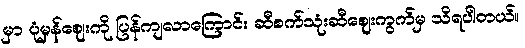
မှာ ပုံမှန်ဈေးကို ပြန်ကျလာကြောင်း ဆီစက်သုံးဆီဈေးကွက်မှ သိရပါတယ်။